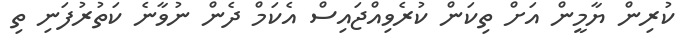
ކުރިން ޔާމީން އަށް ތިކަން ކުރެވިއްޖައިސް އެކަމް ދެން ނުވާނެ ކަތުރުފަނި ތި